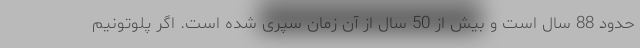
حدود 88 سال است و بیش از 50 سال از آن زمان سپری شده است. اگر پلوتونیم